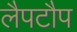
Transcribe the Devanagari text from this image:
लैपटौप